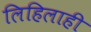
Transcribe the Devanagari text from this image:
लिहिलाही